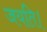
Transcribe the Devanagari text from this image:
जयति।